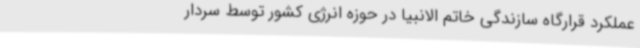
عملکرد قرارگاه سازندگی خاتم الانبیا در حوزه انرژی کشور توسط سردار